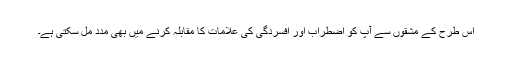
اس طرح کے مشقوں سے آپ کو اضطراب اور افسردگی کی علامات کا مقابلہ کرنے میں بھی مدد مل سکتی ہے۔